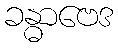
ခန္ဓာဗေဒ